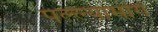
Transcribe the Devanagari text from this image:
पल्ल्यामागे